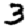
Digit: 3